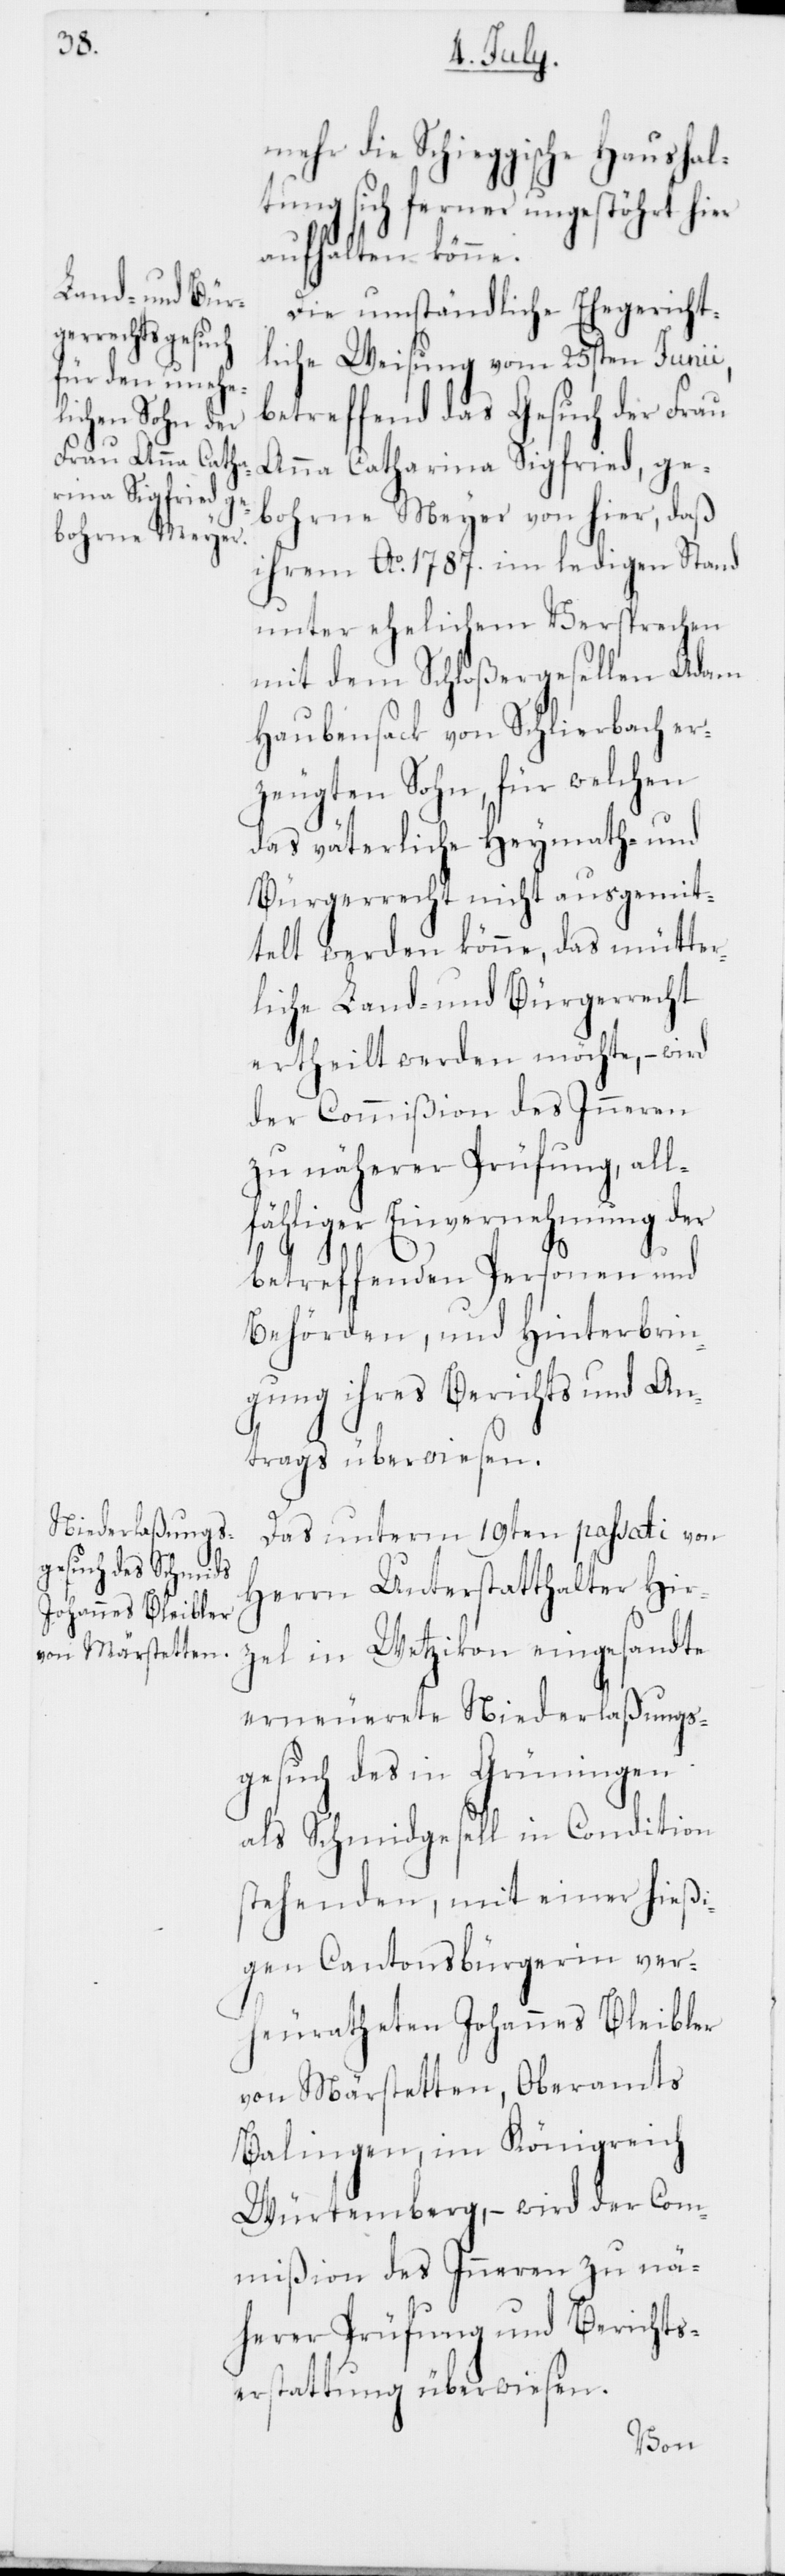
mehr die Schieggische Haushal¬
tung sich ferner ungestört hier
aufhalten könne.
Die umständliche Ehegericht¬
liche Weisung vom 25sten Junii,
betreffend das Gesuch der Frau
Anna Catharina Sigfried, ge¬
bohrne Meyer von hier, daß
ihrem Ao 1787. im ledigen Stand
unter ehelichem Versprechen
mit dem Schloßergesellen Adam
Haubensack von Schlierbach er¬
zeugten Sohn, für welchen
das väterliche Heymath- und
Bürgerrecht nicht ausgemit¬
telt werden könne, das mütter¬
liche Land- und Bürgerrecht
ertheilt werden möchte, – wird
der Commißion des Inneren
zu näherer Prüfung, all¬
fälliger Einvernehmung der
betreffenden Personen und
Behörden, und Hinterbrin¬
gung ihres Berichts und An¬
trags überwiesen.
Das unterm 19ten passati von
Herrn Unterstatthalter Hir¬
zel in Wetzikon eingesandte
erneuerete Niederlaßungs¬
gesuch des in Grüningen
als Schmidgesell in Condition
stehenden, mit einer hießi¬
gen Cantonsbürgerin ver¬
heuratheten Johannes Bleibler
von Märstetten, Oberamts
Balingen im Königreich
Würtemberg, – wird der Com¬
mißion des Inneren zu nä¬
herer Prüfung und Berichts¬
erstattung überwiesen.